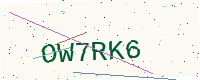
Text: OW7RK6